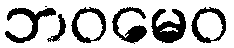
ဘဝမေဝ